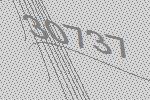
30737